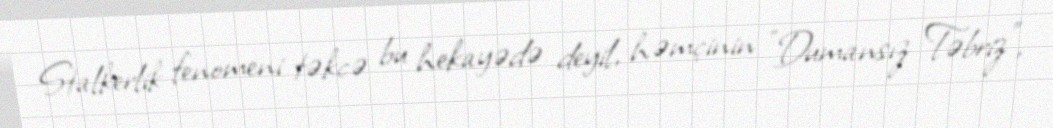
Stalkerlik fenomeni təkcə bu hekayədə deyil, həmçinin "Dumansız Təbriz",